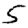
Digit: 5